Report on the working of the mental hospitals for Indians in Bihar and Orissa - 1925-1929
Year: 1925
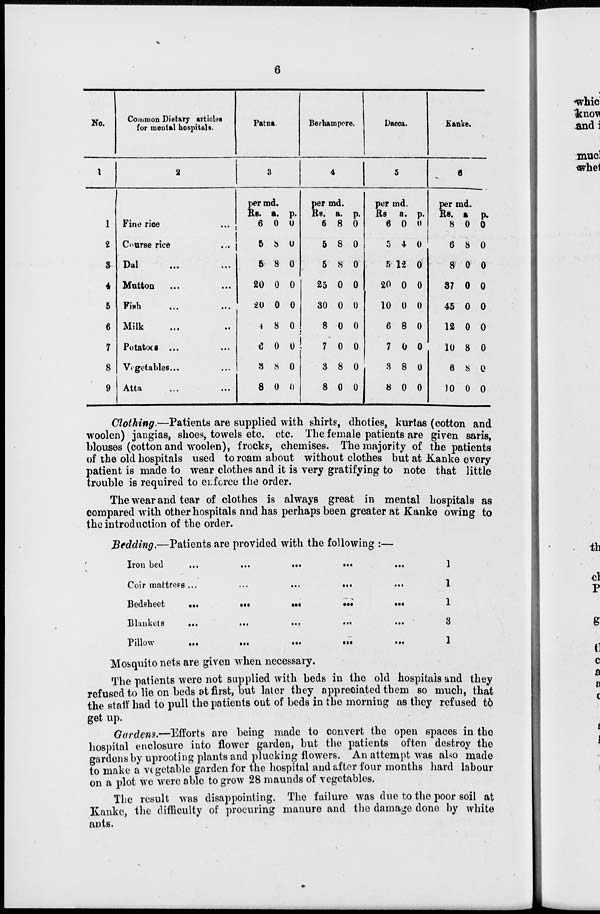
6
No.
1
1
2
3
4
5
6
7
8
9
Common Dietary articles
for mental hospitals.
2
Fine rice ...
Course rice ...
Dal ... ...
Mutton ... ...
Fish ... ...
Milk ... ...
Potatoes ... ...
Vegetables ... ...
Atta
... ...
Patna.
3
per md.
Rs.
6
5
5
20
20
4
6
3
8
a.
0
8
8
0
0
8
0
8
0
p.
0
0
0
0
0
0
0
0
0
Berhampore.
4
per md.
Rs.
6
5
5
25
30
8
7
3
8
a.
8
8
8
0
0
0
0
8
0
p.
0
0
0
0
0
0
0
0
0
Dacca.
5
per md.
Rs.
6
5
5
20
10
6
7
3
8
a.
0
4
12
0
0
8
0
8
0
p.
0
0
0
0
0
0
0
0
0
Kanke.
6
per md.
Rs.
8
6
8
37
45
12
10
6
10
a.
0
8
0
0
0
0
8
8
0
p.
0
0
0
0
0
0
0
0
0
Clothing.—Patients are supplied with shirts, dhoties, kurtas (cotton and
woolen) jangias, shoes, towels etc. etc. The female patients are given saris
blouses (cotton and woolen), frocks, chemises. The majority of the patients
of the old hospitals used to roam about without clothes but at Kanke every
patient is made to wear clothes and it is very gratifying to note that little
trouble is required to enforce the order.
The wear and tear of clothes is always great in mental hospitals as
compared with other hospitals and has perhaps been greater at Kanke owing to
the introduction of the order.
Bedding.—Patients are provided with the following :—
Iron bed
...
...
...
...
...
Coir mattress ...
...
...
...
...
Bedsheet ... ... ... ... ...
Blankets
...
...
...
...
...
Pillow
...
...
...
...
...
1
1
1
3
1
Mosquito nets are given when necessary.
The patients were not supplied with beds in the old hospitals and they
refused to lie on beds at first, but later they appreciated them so much, that
the staff had to pull the patients out of beds in the morning as they refused to
get up.
Gardens.—Efforts are being made to convert the open spaces in the
hospital enclosure into flower garden, but the patients often destroy the
gardens by uprooting plants and plucking flowers. An attempt was also made
to make a vegetable garden for the hospital and after four months hard labour
on a plot we were able to grow 28 maunds of vegetables.
The result was disappointing. The failure was due to the poor soil at
Kanke, the difficulty of procuring manure and the damage done by white
ants.